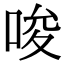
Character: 唆